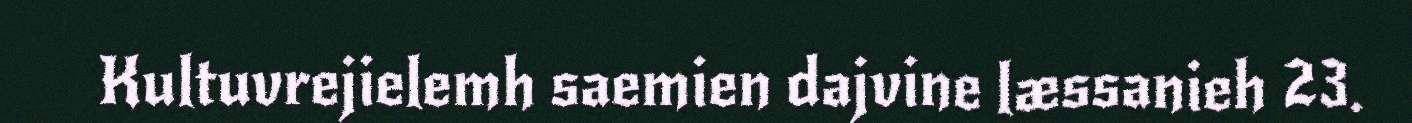
Kultuvrejielemh saemien dajvine læssanieh 23.